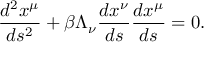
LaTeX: \frac { d ^ { 2 } x ^ { \mu } } { d s ^ { 2 } } + \beta \Lambda _ { \nu } \frac { d x ^ { \nu } } { d s } \frac { d x ^ { \mu } } { d s } = 0 .